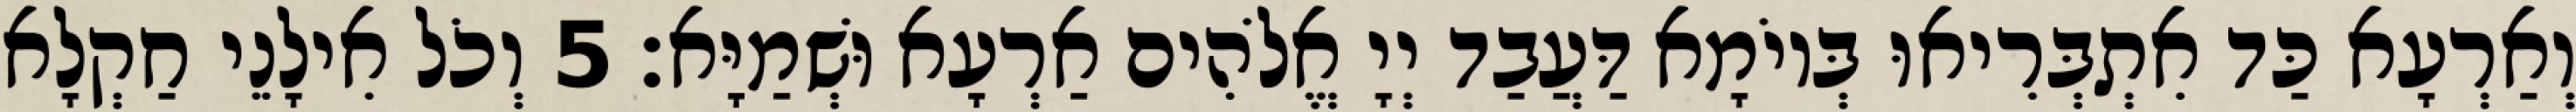
וְאַרְעָא כַּד אִתְבְּרִיאוּ בְּיוֹמָא דַּעֲבַד יְיָ אֱלֹהִים אַרְעָא וּשְׁמַיָּא׃ 5 וְכֹל אִילָנֵי חַקְלָא